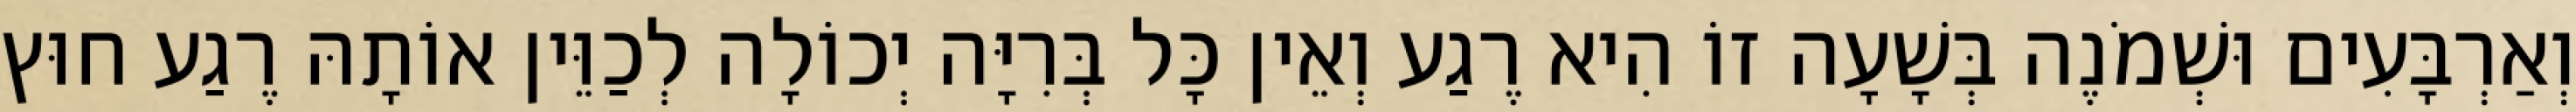
וְאַרְבָּעִים וּשְׁמֹנֶה בְּשָׁעָה זוֹ הִיא רֶגַע וְאֵין כָּל בְּרִיָּה יְכוֹלָה לְכַוֵּין אוֹתָהּ רֶגַע חוּץ